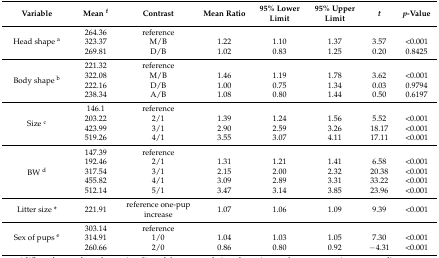
<table><thead><tr><td><b>Variable</b></td><td><b>Mean <sup>f</sup></b></td><td><b>Contrast</b></td><td><b>Mean Ratio</b></td><td><b>95% Lower Limit</b></td><td><b>95% Upper Limit</b></td><td><b><i>t</i></b></td><td><b><i>p</i>-Value</b></td></tr></thead><tbody><tr><td rowspan="3">Head shape <sup>a</sup></td><td>264.36</td><td>reference</td><td></td><td></td><td></td><td></td><td></td></tr><tr><td>323.37</td><td>M/B</td><td>1.22</td><td>1.10</td><td>1.37</td><td>3.57</td><td>&lt;0.001</td></tr><tr><td>269.81</td><td>D/B</td><td>1.02</td><td>0.83</td><td>1.25</td><td>0.20</td><td>0.8425</td></tr><tr><td rowspan="4">Body shape <sup>b</sup></td><td>221.32</td><td>reference</td><td></td><td></td><td></td><td></td><td></td></tr><tr><td>322.08</td><td>M/B</td><td>1.46</td><td>1.19</td><td>1.78 </td><td>3.62</td><td>&lt;0.001</td></tr><tr><td>222.16</td><td>D/B</td><td>1.00</td><td>0.75</td><td>1.34</td><td>0.03</td><td>0.9794</td></tr><tr><td>238.34</td><td>A/B</td><td>1.08</td><td>0.80</td><td>1.44</td><td>0.50</td><td>0.6197</td></tr><tr><td rowspan="4">Size <sup>c</sup></td><td>146.1</td><td>reference</td><td></td><td></td><td></td><td></td><td></td></tr><tr><td>203.22</td><td>2/1</td><td>1.39</td><td>1.24</td><td>1.56</td><td>5.52</td><td>&lt;0.001</td></tr><tr><td>423.99</td><td>3/1</td><td>2.90</td><td>2.59</td><td>3.26</td><td>18.17</td><td>&lt;0.001</td></tr><tr><td>519.26</td><td>4/1</td><td>3.55</td><td>3.07</td><td>4.11</td><td>17.11</td><td>&lt;0.001</td></tr><tr><td rowspan="5">BW <sup>d</sup></td><td>147.39</td><td>reference</td><td></td><td></td><td></td><td></td><td></td></tr><tr><td>192.46</td><td>2/1</td><td>1.31</td><td>1.21</td><td>1.41</td><td>6.58</td><td>&lt;0.001</td></tr><tr><td>317.54</td><td>3/1</td><td>2.15</td><td>2.00</td><td>2.32</td><td>20.38</td><td>&lt;0.001</td></tr><tr><td>455.82</td><td>4/1</td><td>3.09</td><td>2.89</td><td>3.31</td><td>33.22</td><td>&lt;0.001</td></tr><tr><td>512.14</td><td>5/1</td><td>3.47</td><td>3.14</td><td>3.85</td><td>23.96</td><td>&lt;0.001</td></tr><tr><td>Litter size *</td><td>221.91</td><td>reference one-pup increase</td><td>1.07</td><td>1.06</td><td>1.09</td><td>9.39</td><td>&lt;0.001</td></tr><tr><td rowspan="3">Sex of pups <sup>e</sup></td><td>303.14</td><td>reference</td><td></td><td></td><td></td><td></td><td></td></tr><tr><td>314.91</td><td>1/0</td><td>1.04</td><td>1.03</td><td>1.05</td><td>7.30</td><td>&lt;0.001</td></tr><tr><td>260.66</td><td>2/0</td><td>0.86</td><td>0.80</td><td>0.92</td><td>−4.31</td><td>&lt;0.001</td></tr></tbody></table>